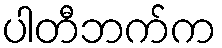
ပါတီဘက်က